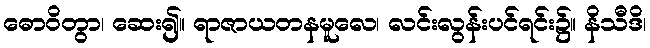
ဓောဝိတွာ၊ ဆေး၍။ ရာဇာယတနမူလေ၊ လင်းလွန်းပင်ရင်း၌။ နိသီဒိ၊